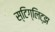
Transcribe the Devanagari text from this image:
स्टिग्लिट्झ